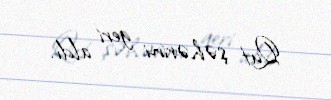
Qut şəhərini geri aldı.